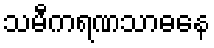
သမီကရဏသာဓနေ